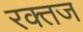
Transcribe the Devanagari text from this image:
रक्तज